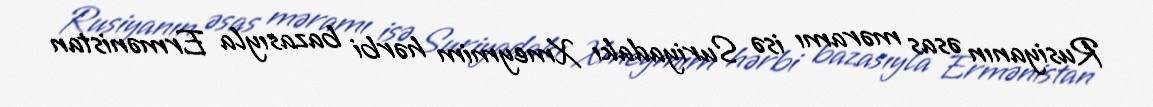
Rusiyanın əsas məramı isə Suriyadakı Xmeymim hərbi bazasıyla Ermənistan